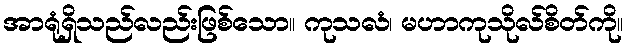
အာရုံရှိသည်လည်းဖြစ်သော။ ကုသလံ၊ မဟာကုသိုလ်စိတ်ကို။